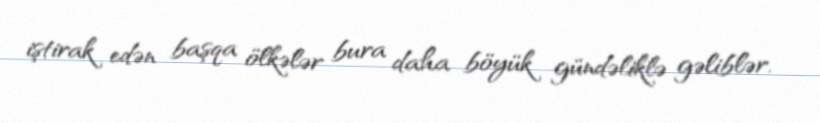
iştirak edən başqa ölkələr bura daha böyük gündəliklə gəliblər.